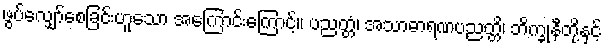
ဖွပ်လျှော်စေခြင်းဟူသော အကြောင်းကြောင့်။ ပညတ္တံ၊ အသာဓာရဏပညတ္တိ၊ ဘိက္ခုနီတို့နှင့်